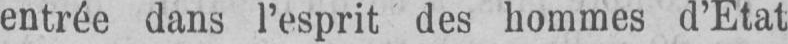
entrée dans l’esprit des hommes d’Etat